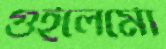
গুইলের্মো